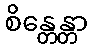
စိန္တေန္တာ